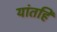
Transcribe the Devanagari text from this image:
यांतहि